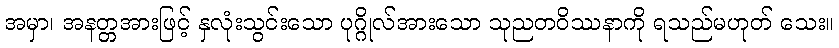
အမှာ၊ အနတ္တအားဖြင့် နှလုံးသွင်းသော ပုဂ္ဂိုလ်အားသော သုညတဝိဿနာကို ရသည်မဟုတ် သေး။